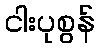
ငါးပုစွန်